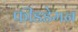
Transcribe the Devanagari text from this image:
फीडडेमन